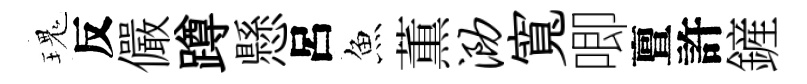
瑰反儼蹲懸呂魚薫泐寬唧亶許鏟